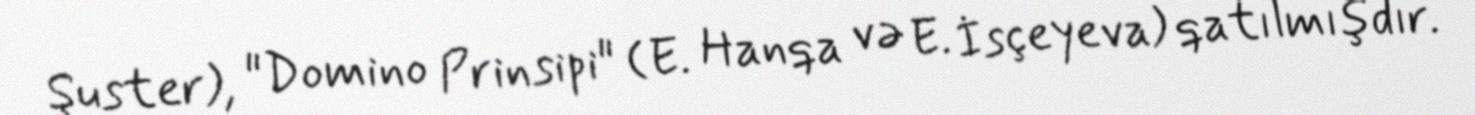
Şuster), "Domino Prinsipi" (E. Hanqa və E. İsçeyeva) qatılmışdır.